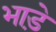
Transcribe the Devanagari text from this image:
भाडे़